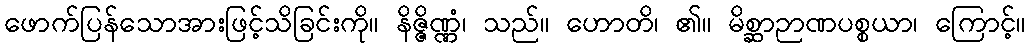
ဖောက်ပြန်သောအားဖြင့်သိခြင်းကို။ နိဇ္ဇိဏ္ဏံ၊ သည်။ ဟောတိ၊ ၏။ မိစ္ဆာဉာဏပစ္စယာ၊ ကြောင့်။